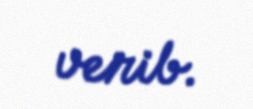
verib.